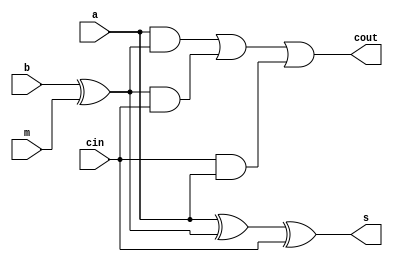
`timescale 1ns / 1ps
//////////////////////////////////////////////////////////////////////////////////
// Company: 
// Engineer: 
// 
// Design Name: 
// Module Name:    one_bit_op 
// Project Name: 
// Target Devices: 
// Tool versions: 
// Description: 
//
// Dependencies: 
//
// Revision: 
// Revision 0.01 - File Created
// Additional Comments: 
//
//////////////////////////////////////////////////////////////////////////////////
module one_bit_op(a,b,cin,s,cout,m);

	input a,b,cin,m;
	wire x;
	output s;
	wire s;
	output cout;
	wire cout;
	assign x=b^m;
	assign s = a^x^cin;
	assign cout = (a & x) | (x & cin) | (cin & a);

endmodule